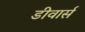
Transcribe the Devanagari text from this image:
डीवार्स